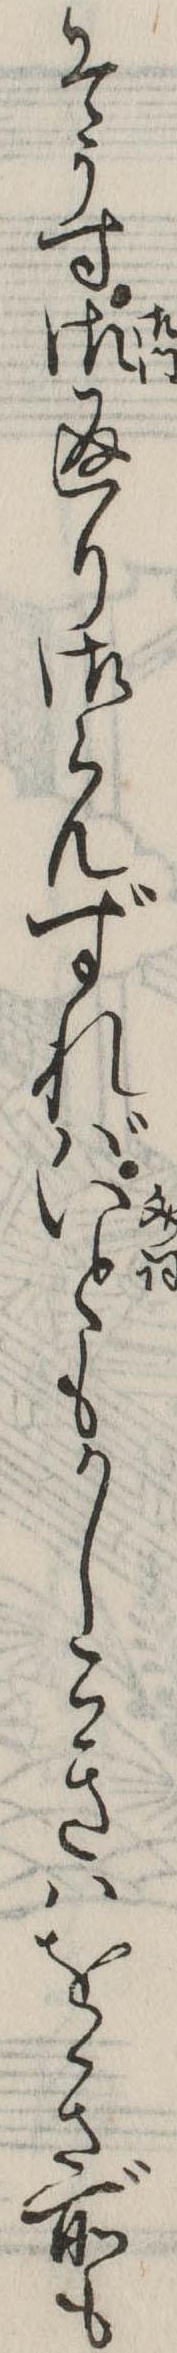
そうす御返り御らんずればいともかしこきはをき所も